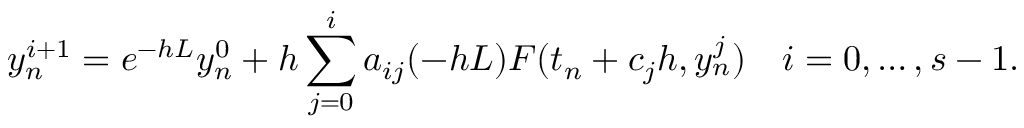
y _ { n } ^ { i + 1 } = e ^ { - h L } y _ { n } ^ { 0 } + h \sum _ { j = 0 } ^ { i } a _ { i j } ( - h L ) F ( t _ { n } + c _ { j } h , y _ { n } ^ { j } ) \quad i = 0 , \dots , s - 1 .